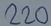
Text: 220